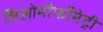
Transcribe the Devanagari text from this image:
जिओमौर्फोमेट्री